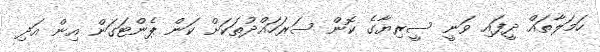
ހަމަލާތައް ދީފައި ވަނީ ސީރިޔާގެ ކޮން ސަރަހައްދުތަކަށް ކަން ޕެންޓަގަން އިން އަދި